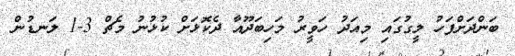
ބަންދަށްފަހު ލީގުގައި މިއަދު ހަވީރު މަހިބަދޫއާ ދެކޮޅަށް ކުޅުނު މެޗް 3-1 ލަނޑުން